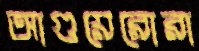
আগুয়েরোরা